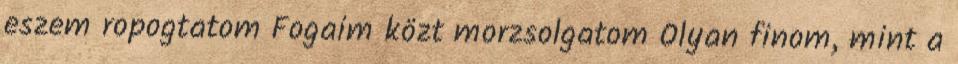
eszem ropogtatom Fogaim közt morzsolgatom Olyan finom, mint a